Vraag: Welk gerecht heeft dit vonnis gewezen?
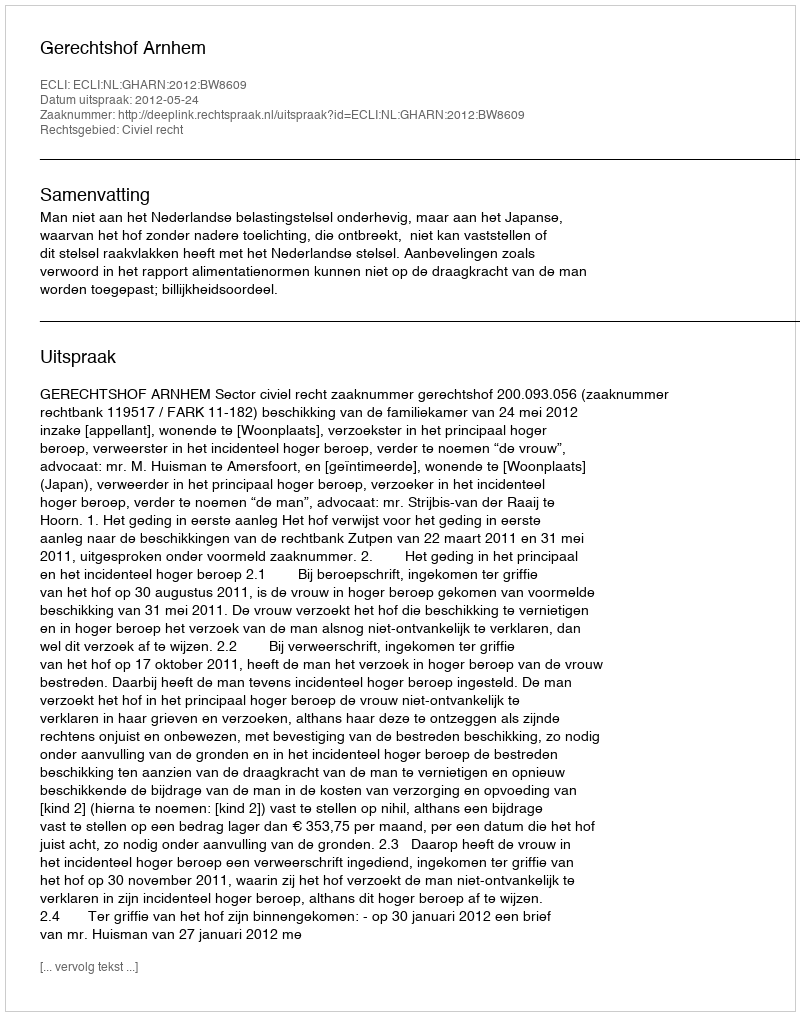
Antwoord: Gerechtshof Arnhem